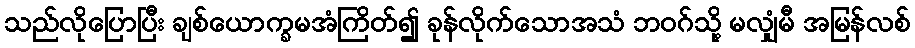
သည်လိုပြောပြီး ချစ်ယောက္ခမအံကြိတ်၍ ခုန်လိုက်သောအသံ ဘဝဂ်သို့ မလျှံမီ အမြန်လစ်